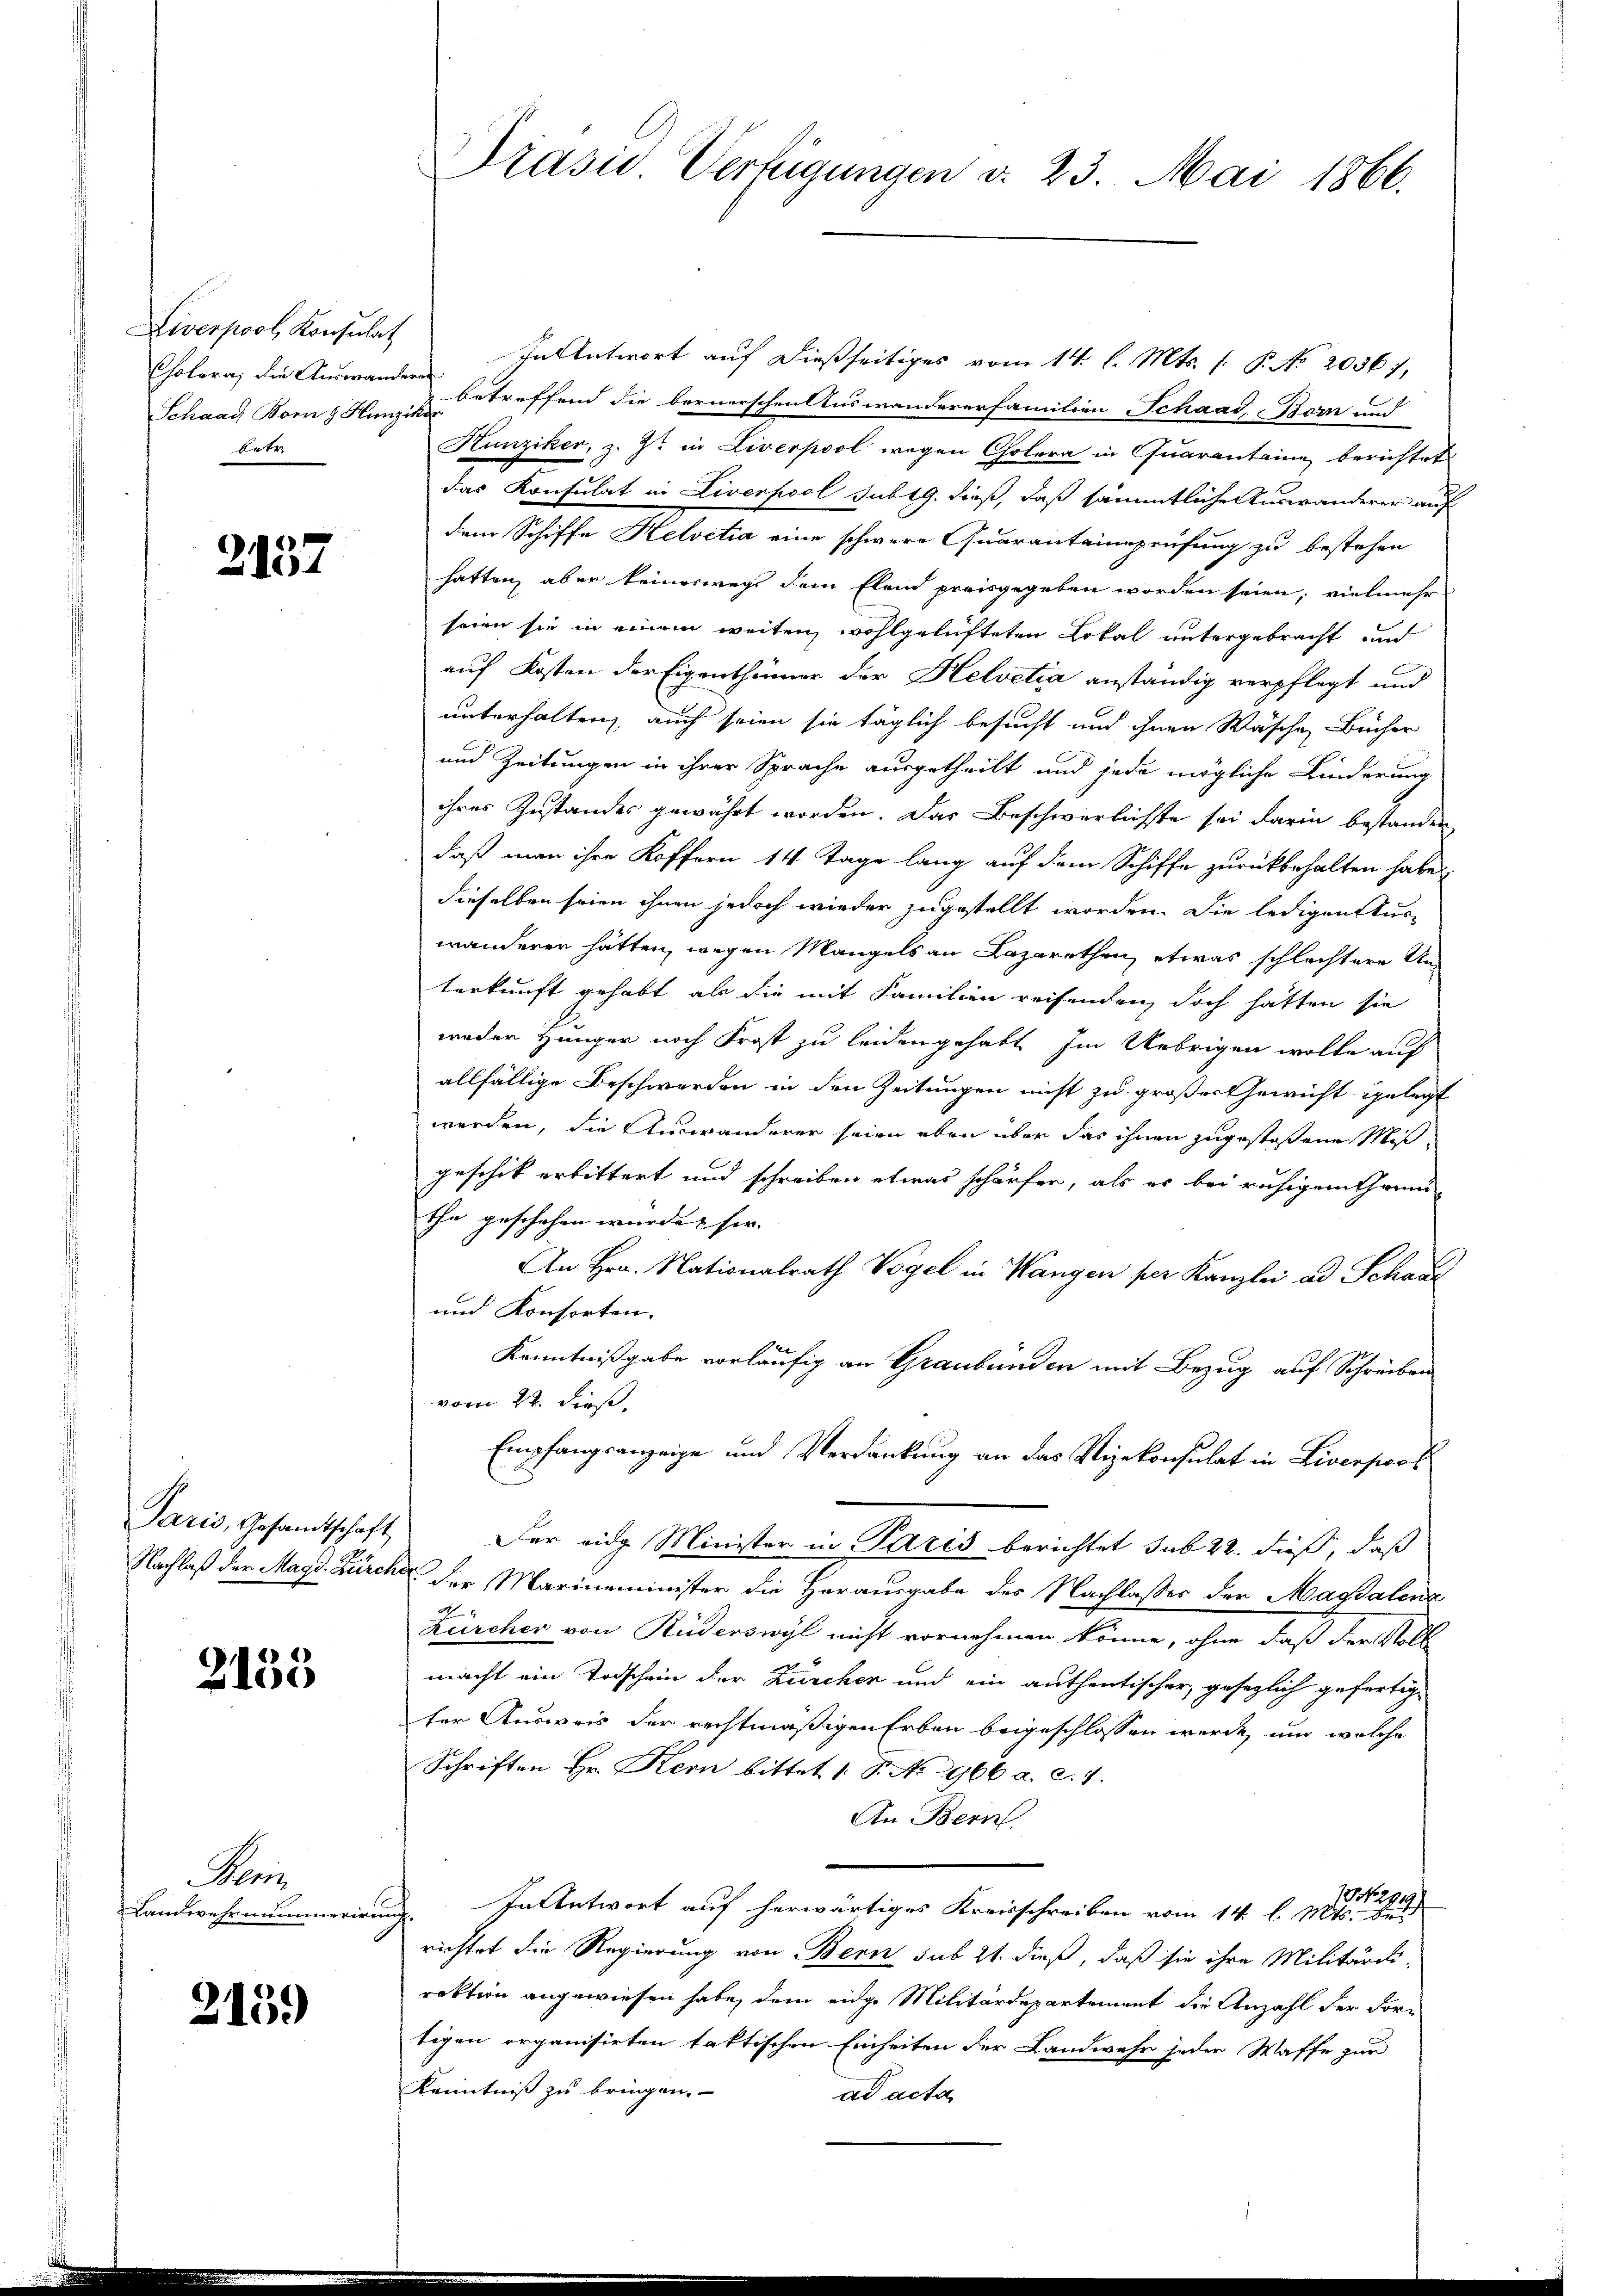
Liverpool, Konsulat
Cholera, die Auswandern
betr

2137

2135

Meni
Landwehrnummerir

2159)

In Antwort auf dießseitiges vom 14. l. Mts. (: P. No 20367,
Schaar Born Hancke treffend die bernerschen Auswandererfamilien Schaad, Born und
Hunziker, z. Zt. in Liverpool wegen Cholera in Quarantaine berichtet
das Konsulat in Liverpool sub 19. dieß, daß sämmtliche Auswanderer auf
dem Schiffe Helvetia eine schwere Quaranteinsprüfung zu bestehen
hatten, aber keineswegs dem Elend preisgegeben worden seien; vielmehr
seien sie in einem weiten, wohlgelüfteten Lokal untergebracht und
auf Kosten der Eigenthümer der Helvetia anständig verpflegt und
unterhalten, auch seien sie täglich besucht und ihnen Wäsche Bücher
und Zeitungen in ihrer Sprache ausgetheilt und jede mögliche Linderung
ihres Zustandes gewährt worden. Das Beschwerlichste sei darin bestanden
daß man ihre Koffern 14 Tage lang auf dem Schiffe zurückbehalten habe
dieselben seien ihnen jedoch wieder zugestellt worden. Die ledigen Aus-
wänderen hätten, wegen Mangels an Lazarethen, etwas schlechtere Un-
terkunft gehabt, als die mit Familien reisenden doch hätten sie
weder Hunger noch Frost zu leidengehabt. Im Uebrigen wolle auf
allfällige Beschwerden in den Zeitungen nicht zu großer Gewicht gelegt
werden, die Auswanderer seien eben über das ihnen zugestoßene Mißgeschik erbittert und schreiben etwas schärfer, als es bei ruhigem Trinithe geschehen würde & sie
An Hrn. Nationalrath Vogel in Wangen per Kanzlei ad Schaal
und Konsorten.
Kenntnißgabe vorläufig an Graubünden mit Bezug auf Schreiben
vom 22. dieß,
Empfangsanzeige und Verdankung an das Vizekonsulat in Liverpool
Paris, Gesamtschaft, der eidg Minister in Paris berichtet sub 22. dieß, daß
Nachlaß der Magd. Zürcher der Marinaminister die Herausgabe des Nachlaßes der Magdalena
Kürcher von Ruderswyl nicht vornehmen könne, ohne daß der Voll
macht ein Todschein der Zürcher und ein authentischer, gesezlich gefertigter Ausweis der rechtmäßigen Erben beigeschlossen werde, und welche
Schriften Hr. Kern bittet 1 S. 966 a. c. 7.
An Bern.
In Antwort auf herwärtiges Kreisschreiben vom 14. l. M.
u
richtet die Regierung von Bern sub 21. dieß, daß sie ihre Militärdi-
rektion angewiesen habe, dem eidge Militärdepartement die Anzahl der For-
tigen organisirten faktischen Einheiten der Landwehr jeder Waffe zur
Kenntniß zu bringen.
ad acta

Präsid. Verfügungen d. 23. Mai 1866.